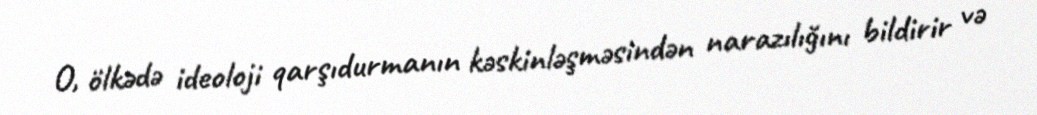
O, ölkədə ideoloji qarşıdurmanın kəskinləşməsindən narazılığını bildirir və